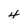
Character: 4